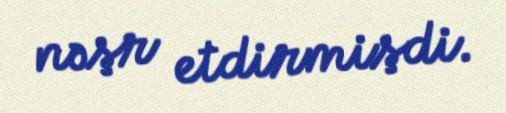
nəşr etdirmişdi.